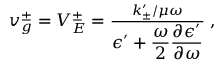
\begin{array} { r } { v _ { g } ^ { \pm } = V _ { E } ^ { \pm } = \frac { { k _ { \pm } ^ { \prime } / \mu \omega } } { \displaystyle \epsilon ^ { \prime } + \frac { \omega } { 2 } \frac { \partial \epsilon ^ { \prime } } { \partial \omega } } \; , } \end{array}